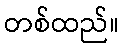
တစ်ထည်။